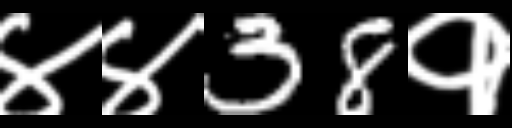
Text: ४४38१